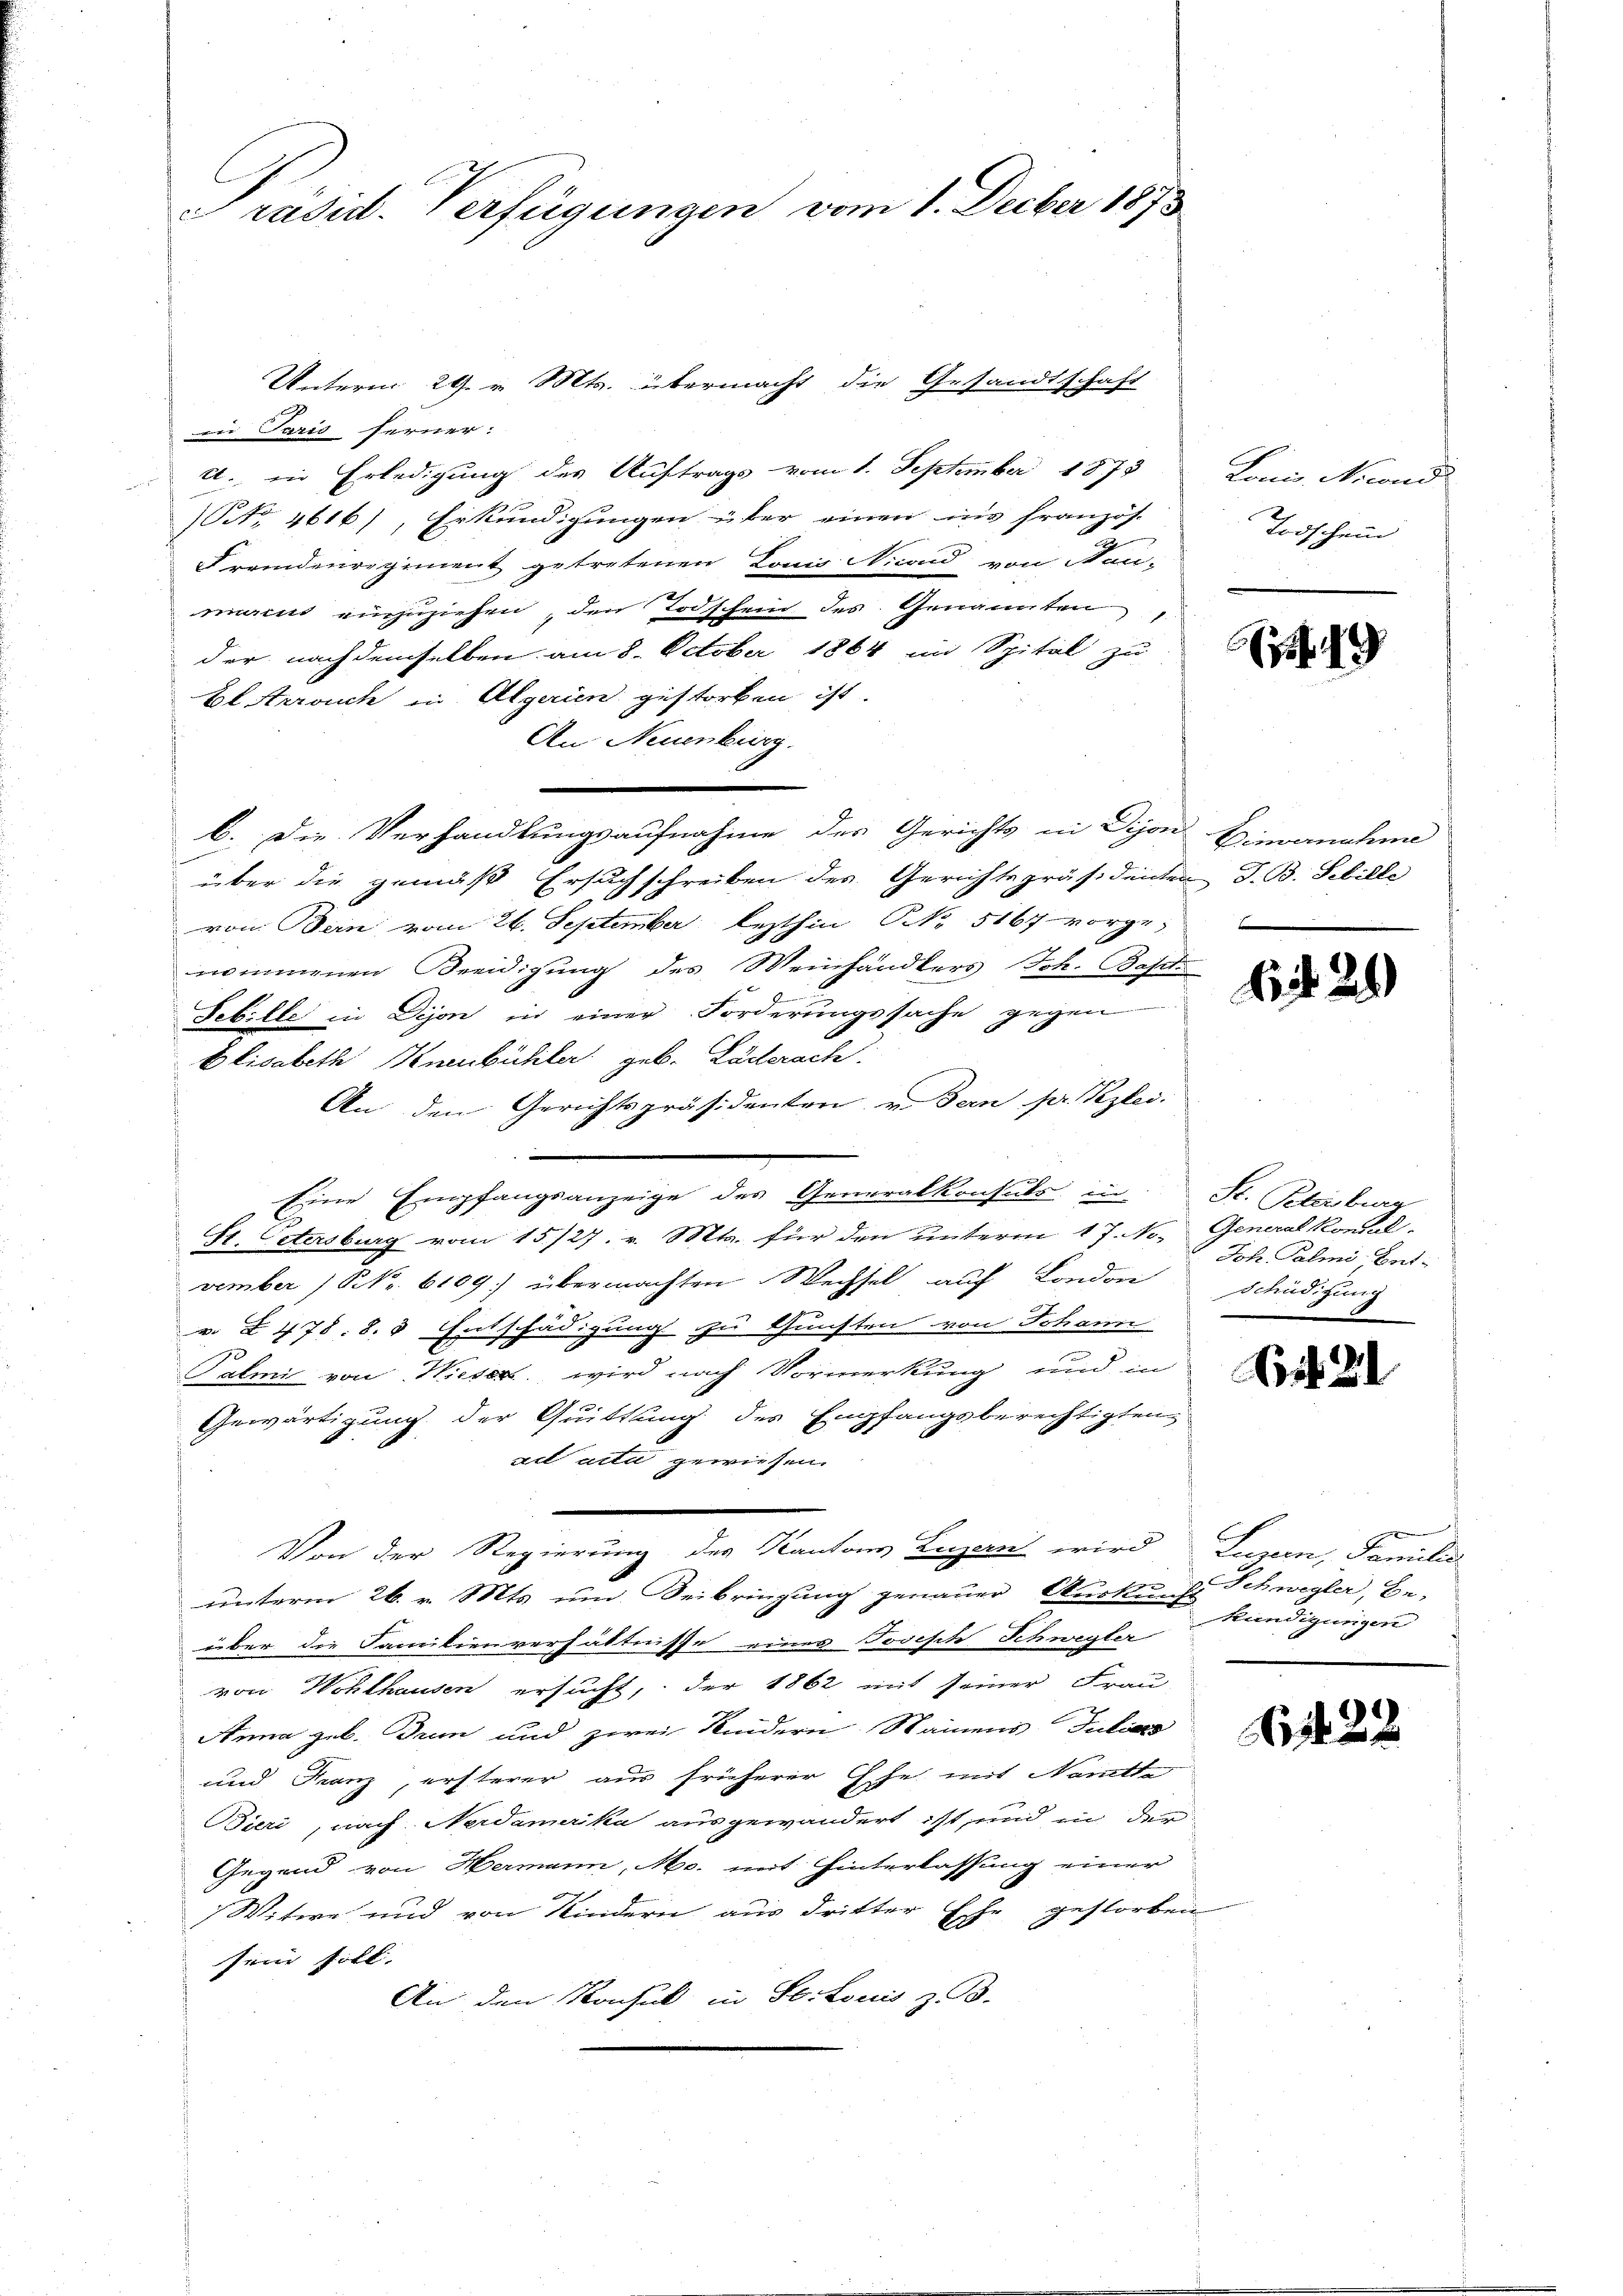
Präsid. Verfügungen vom 1. Decber 1873

Unterm 29. v. Mts. übermacht die Gesandtschaft
n Paris ferner:
U. in Erledigung des Auftrags vom 1. September 1873
NNo. 4616), Erkundigungen über einen ins französ.
5
Fremdenregiment getretenen Lonis Nicond von Neu-
marius einzuziehen, den Todschein des Genannten
der nachdemselben am 8. October 1864 im Spital zu
bl Arrauch in Algerien gestorben ist.
An Neuenburg.
b. Die Verhandlungsaufnahme des Gerichts in Dijon Emanaten
über die gemäß Ersuchschreiben des Gerichtspräsidenten d. B. Schille
von Bern vom 26. September lezthin NNo. 5167 vorge-
nommenen Beeidigung des Weinhändlers Joh. Bapt

Febille in Dijon in einer Forderungssache gegen
Elisabeth Kneubüchler geb. Läckerach
An den Gerichtspräsidenten v. den pr. Kzlei.
Eine Empfangsanzeige des Generalkonsuls in
St. Petersburg vom 15./27. v. Mts. für den unterm 17. No.
vember (Nr. 6109) übermachten Wechsel auf London
v. § 478. 8. 8 Entschädigung zu Gunsten von Johann
Palmi von Wieser wird nach Vormerkung und in
Gewärtigung der Quittung des Empfangsberechtigten
ail acta gewiesen.
Von der Regierung des Kantons Luzern wird
unterm 26. v. Mts. um Beibringung genauer Auskunft Schwegler, Be-
über die Familienverhältnisse einer Joseph Schwegler
von Wohlhausen ersucht, der 1862 mit seiner Frau
Anna geb. Brun und zwei Kindern Namens Juliers
und Franz, ersterer aus früherer Ehe mit Namtte
Bieri, nach Nerdamerika ausgewandert ist, und in der
Gegend von Hermann, Mo. mit Hinterlassung einer
Witwe und von Kindern aus dritter Ehe gestorben
fen soll.
An den Konsul in Sortonis z. B.

Lori Mand
Todschein

49

1429)

St. Petersburg
Generalkonsul
Joh. Palmi Ent¬
Schüditzung

Seb.

l

Lunen, Famuli
Kündigungen

422